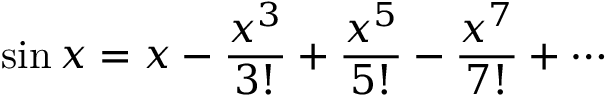
\sin x = x - { \frac { x ^ { 3 } } { 3 ! } } + { \frac { x ^ { 5 } } { 5 ! } } - { \frac { x ^ { 7 } } { 7 ! } } + \cdots